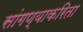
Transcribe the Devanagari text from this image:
सांगण्याकरिता